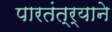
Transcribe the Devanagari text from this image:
पारतंत्र्याने